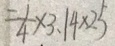
= \frac { 1 } { 4 } \times 3 . 1 4 \times 2 5